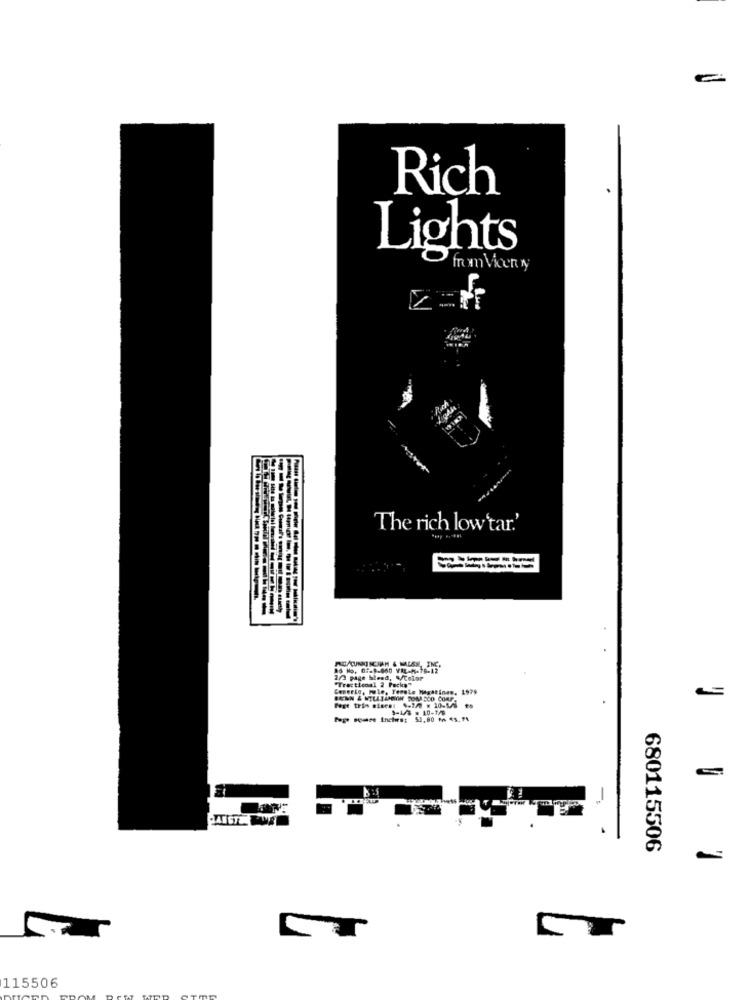
Rich
Lights
from Vicen N
The rich low'tar.'
25 No. 07-8-660 YIL-M-19-12
2/3 page bleed, W/Color
"Tracticoal 2 Packs"
Coneric, mule, Temale Hagatines, 1979
680115506
115506